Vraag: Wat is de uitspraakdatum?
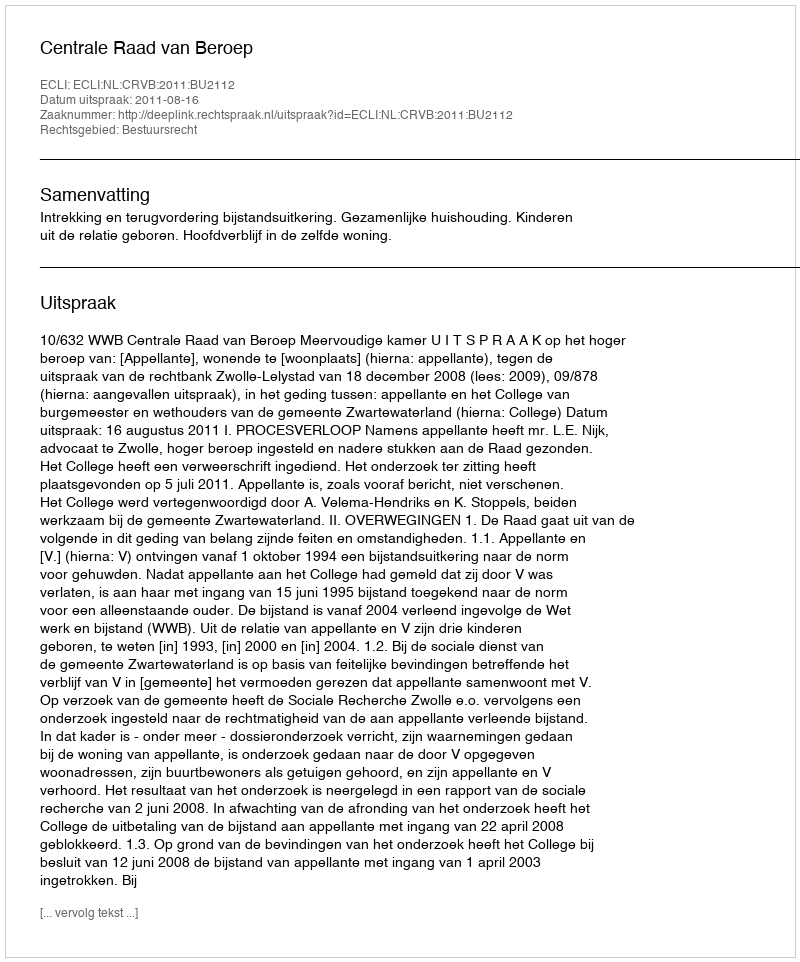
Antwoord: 2011-08-16